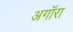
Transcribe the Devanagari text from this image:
अगॉरा